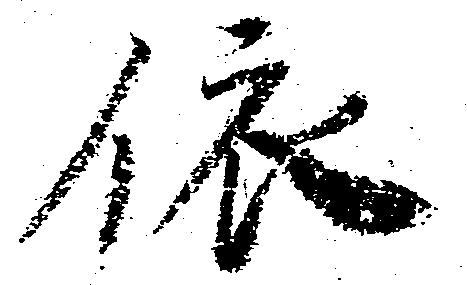
依